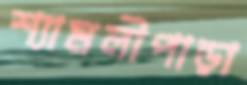
শ্যামলীপাড়া